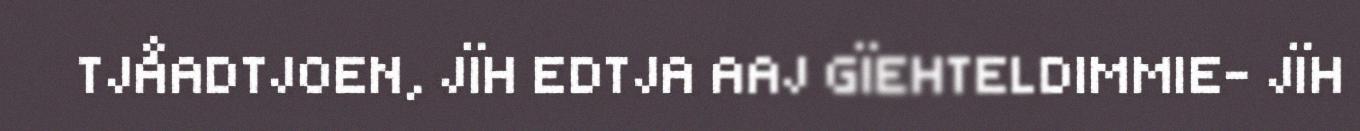
TJÅADTJOEN, JÏH EDTJA AAJ GÏEHTELDIMMIE- JÏH